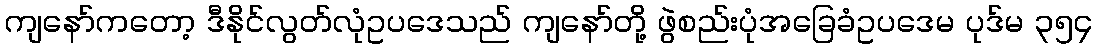
ကျနော်ကတော့ ဒီနိုင်လွတ်လုံဥပဒေသည် ကျနော်တို့ ဖွဲစည်းပုံအခြေခံဥပဒေမ ပုဒ်မ ၃၅၄